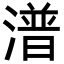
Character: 潽